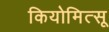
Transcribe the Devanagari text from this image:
कियोमित्सू